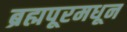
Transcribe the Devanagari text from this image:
ब्रह्मपूरमधून